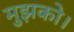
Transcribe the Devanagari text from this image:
मुझको।